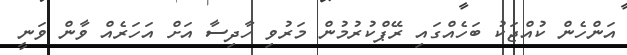
އަންހެން ކުއްޖަކު ބަހެއްގައި ރޭޕްކުރުމުން މަރުވި ހާދިސާ އަށް އަހަރެއް ވާން ވަނީ